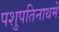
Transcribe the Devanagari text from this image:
पशुपतिनाथमें